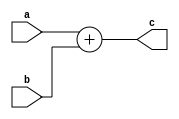

module add(a,b,c);
parameter WIDTH = 32;

input [WIDTH-1:0] a, b;
output [WIDTH-1:0] c;
assign c = a + b;

endmodule

module params_submodule(a, b, c);

input [64-1:0] a, b;
output [64-1:0] c;

add #(.WIDTH(64)) adder (.a(a), .b(b), .c(c));

endmodule